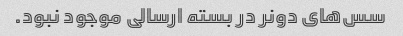
سس‌های دونر در بسته ارسالی موجود نبود.